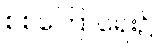
စစ်ကြောရေး၌